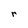
Character: r